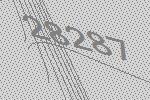
28287